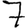
Digit: 7